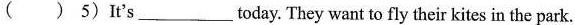
( ) 5) It's___today. They want to fly their kites in the park.